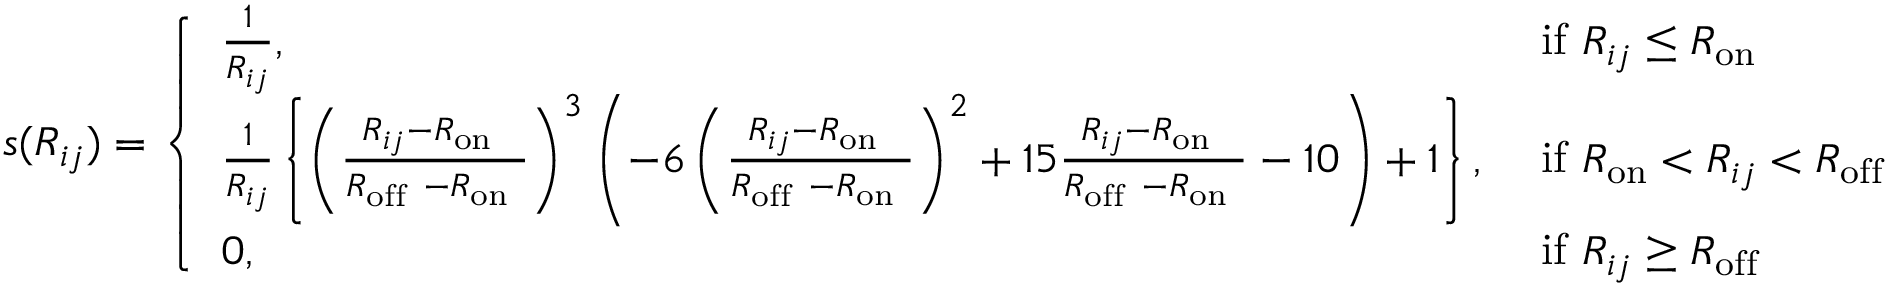
s ( R _ { i j } ) = \left\{ \begin{array} { l l } { \frac { 1 } { R _ { i j } } , } & { \mathrm { ~ i f ~ } R _ { i j } \leq R _ { \mathrm { o n } } } \\ { \frac { 1 } { R _ { i j } } \left\{ \left( \frac { R _ { i j } - R _ { \mathrm { o n ~ } } } { R _ { \mathrm { o f f ~ } } - R _ { \mathrm { o n ~ } } } \right) ^ { 3 } \left( - 6 \left( \frac { R _ { i j } - R _ { \mathrm { o n ~ } } } { R _ { \mathrm { o f f ~ } } - R _ { \mathrm { o n ~ } } } \right) ^ { 2 } + 1 5 \frac { R _ { i j } - R _ { \mathrm { o n ~ } } } { R _ { \mathrm { o f f ~ } } - R _ { \mathrm { o n ~ } } } - 1 0 \right) + 1 \right\} , } & { \mathrm { ~ i f ~ } R _ { \mathrm { o n } } < R _ { i j } < R _ { \mathrm { o f f } } } \\ { 0 , } & { \mathrm { ~ i f ~ } R _ { i j } \geq R _ { \mathrm { o f f ~ } } } \end{array} \right.